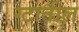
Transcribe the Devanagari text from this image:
ग्टातील